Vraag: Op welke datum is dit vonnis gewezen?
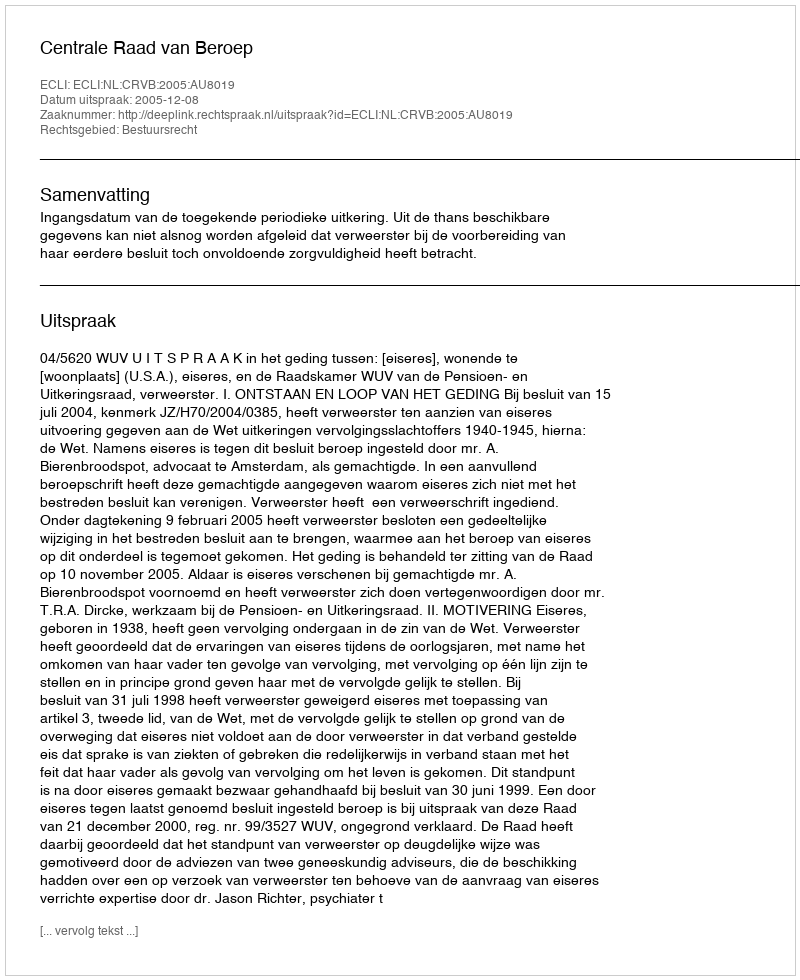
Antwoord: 2005-12-08